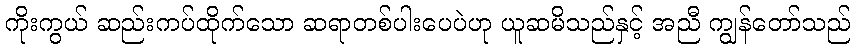
ကိုးကွယ် ဆည်းကပ်ထိုက်သော ဆရာတစ်ပါးပေပဲဟု ယူဆမိသည်နှင့် အညီ ကျွန်တော်သည်